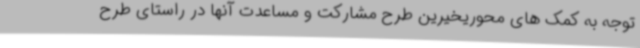
توجه به کمک های محوریخیرین طرح مشارکت و مساعدت آنها در راستای طرح